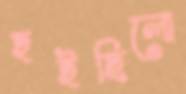
হইছিলো